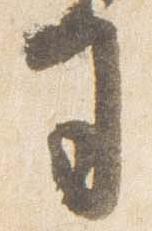
司